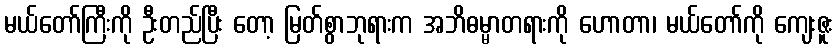
မယ်တော်ကြီးကို ဦးတည်ပြီး တော့ မြတ်စွာဘုရားက အဘိဓမ္မာတရားကို ဟောတာ၊ မယ်တော်ကို ကျေးဇူး